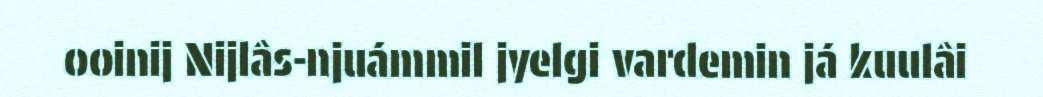
ooinij Nijlâs-njuámmil jyelgi vardemin já kuulâi